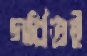
গর্বিতই